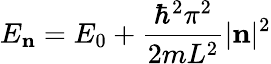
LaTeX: E_{\mathbf{n}}=E_{0}+{\frac{\hbar^{2}\pi^{2}}{2mL^{2}}}|\mathbf{n}|^{2}